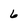
Character: 6